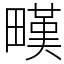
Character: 𤳉